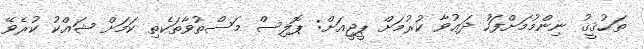
ތަޙުޤީޤު ނިންމުމަށްފަހު ދަޢުވާ ކުރުމަށް ޕީޖީއަށް: ޕޮލިސް މަސްތުވާތަކެތި ކަމަށް ޝައްކު ކުރެވޭ